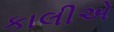
કાલીએ